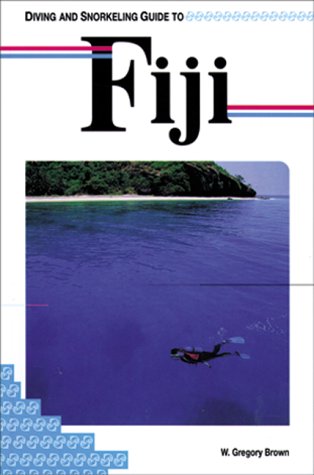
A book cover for Diving and Snorkeling Guide to Fiji (Lonely Planet Diving and Snorkeling Guides); W. Gregory Brown; Travel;